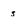
Character: s